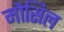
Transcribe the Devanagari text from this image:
मौसिल